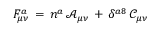
F _ { \mu \nu } ^ { a } \, = \, n ^ { a } \, \mathcal { A } _ { \mu \nu } \, + \, \delta ^ { a 8 } \, \mathcal { C } _ { \mu \nu }